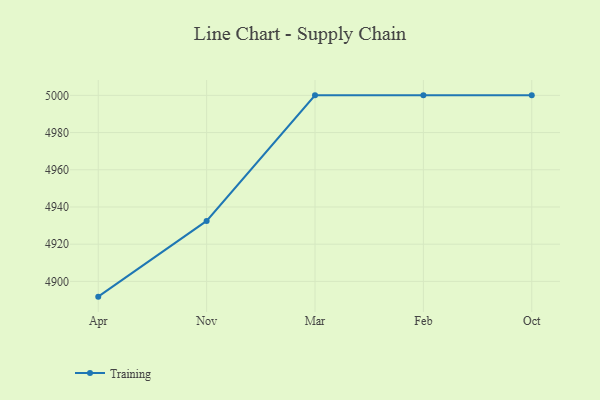
{"axis": {"x": "Month", "y": "Production Output"}, "legend": ["Training"], "data": [{"x": "Apr", "y": 4891.8, "type": "Training"}, {"x": "Nov", "y": 4932.5, "type": "Training"}, {"x": "Mar", "y": 5000, "type": "Training"}, {"x": "Feb", "y": 5000, "type": "Training"}, {"x": "Oct", "y": 5000, "type": "Training"}]}